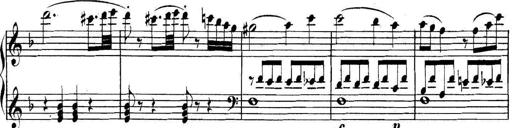
Title: Collected Piano Sonatas
Composer: Muzio Clementi